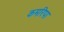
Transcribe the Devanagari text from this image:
कमरिपा